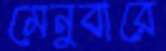
মেনুবারে